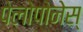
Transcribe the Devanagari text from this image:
पेलोपोनेस्